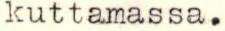
kuttamassa.